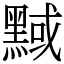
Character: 𪑝